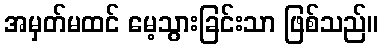
အမှတ်မထင် မေ့သွားခြင်းသာ ဖြစ်သည်။